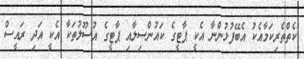
ކެތްތެރިކަމާއެކު އެބޭފުޅުންނާ އެކީ ޕާޓީގެ ކައުންސިލާއި ޕާޓީގެ އުސޫލުތަކާ އެކީ އަދި ރައީސް